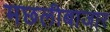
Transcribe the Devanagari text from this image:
मछलीबाजार